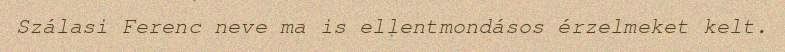
Szálasi Ferenc neve ma is ellentmondásos érzelmeket kelt.